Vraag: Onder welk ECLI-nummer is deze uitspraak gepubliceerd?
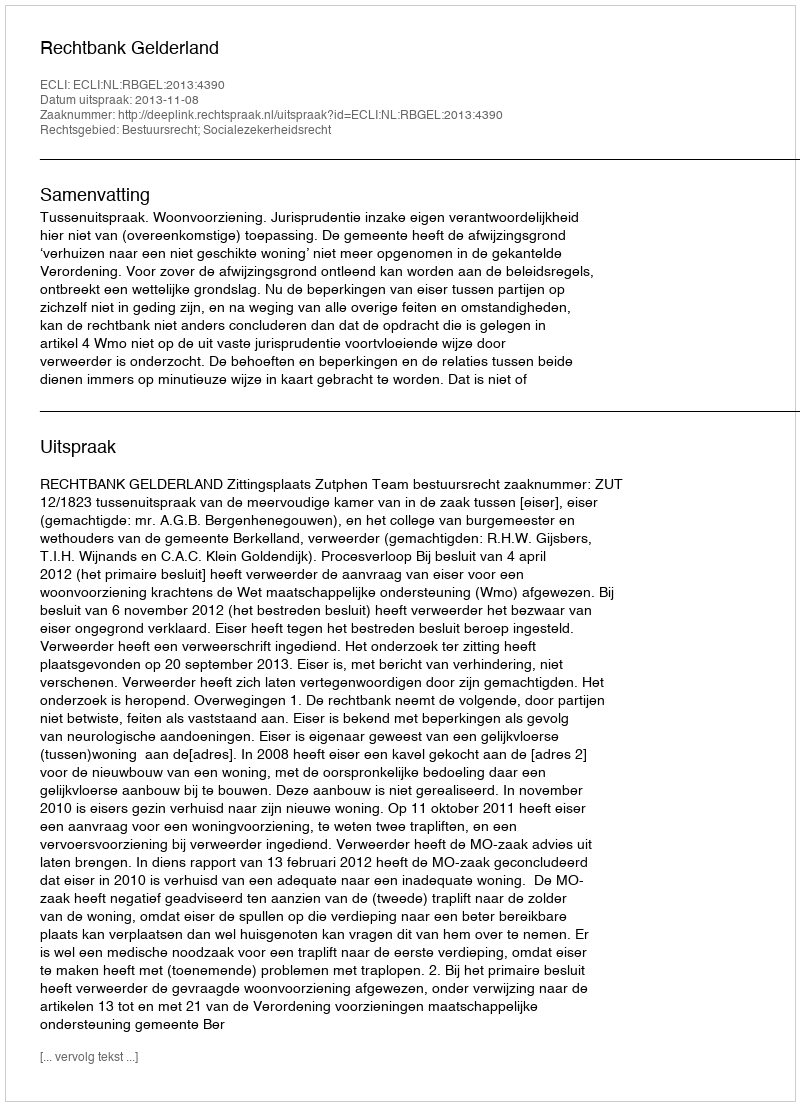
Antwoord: ECLI:NL:RBGEL:2013:4390